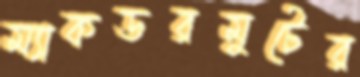
ম্যাকডরমুটের